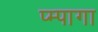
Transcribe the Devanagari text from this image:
प्म्पागा